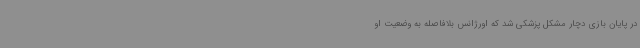
در پایان بازی دچار مشکل پزشکی شد که اورژانس بلافاصله به وضعیت او